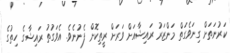
ކަރުނަތަށް ގިނަވެގަތް މަންޒަރު ރައިޝާއަށް ވަރަށް ރީތިކޮށް ފެނުނެވެ. އެވަގުތު ރައިޝާގެ ހިތުގެ